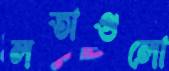
লতাগুলো